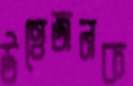
উত্তেজনক